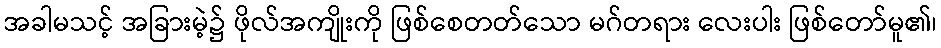
အခါမသင့် အခြားမဲ့၌ ဖိုလ်အကျိုးကို ဖြစ်စေတတ်သော မဂ်တရား လေးပါး ဖြစ်တော်မူ၏၊